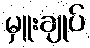
မှူးချုပ်